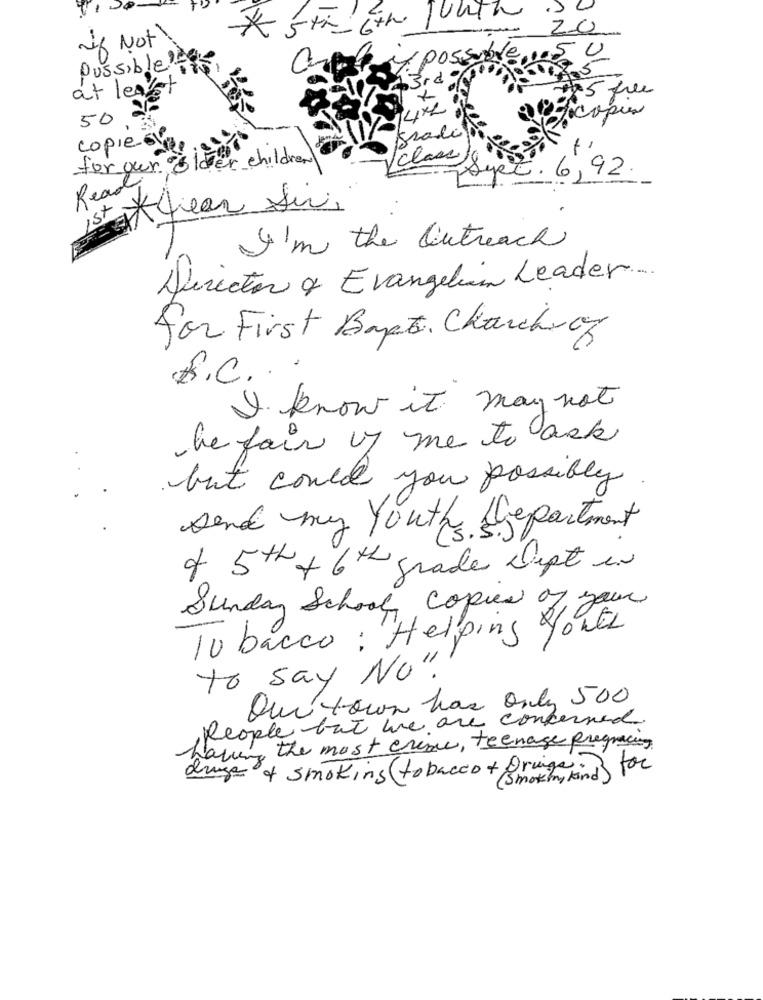
unth
20
if Not!
50
Possible ?-
possible ..
a
at least
195 free
50 20
0%copus
bradil
copie-61.
for our older children
class
6,92
Read
Ist
Ayear Sir,
I'm the Outreach
Director of Evangelion Leader ..
for First Bapt. Charchway
R.C ...
I know it may not
The fair of me to ask
but could you possibly
send my Youth Department
of 5th + 6th grade Dept in
Sunday School Copies of your
10 bacco : Helping youts
to say No".
Que town has only 500
People but we are concerned.
having the most crise, teenage pregracing
drugs of smoking (tobacco + Dringe
( Smothmy kind) for